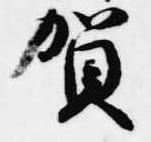
賀